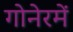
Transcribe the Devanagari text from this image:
गोनेरमें